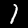
Digit: 1